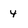
Character: 4